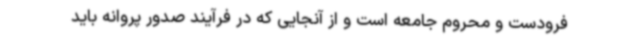
فرودست و محروم جامعه است و از آنجایی که در فرآیند صدور پروانه باید